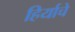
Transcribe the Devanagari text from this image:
हिर्याचे